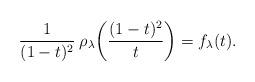
LaTeX: \begin{align*} \frac{1}{(1 - t)^2} \:\rho_\lambda\!\left(\frac{(1 - t)^2}{t}\right) = f_\lambda(t).\end{align*}